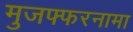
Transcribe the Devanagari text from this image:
मुजफ्फरनामा